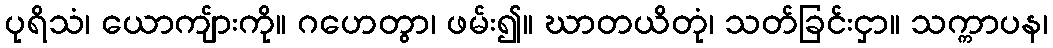
ပုရိသံ၊ ယောကျ်ားကို။ ဂဟေတွာ၊ ဖမ်း၍။ ဃာတယိတုံ၊ သတ်ခြင်းငှာ။ သက္ကာပန၊